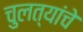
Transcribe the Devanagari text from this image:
चुलत्यांचे